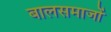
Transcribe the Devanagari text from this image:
बालसमाजों